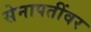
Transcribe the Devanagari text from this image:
सेनापतींवर